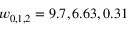
w _ { 0 , 1 , 2 } = 9 . 7 , 6 . 6 3 , 0 . 3 1